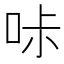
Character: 𠱙